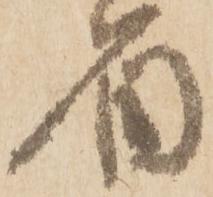
者